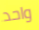
واحد